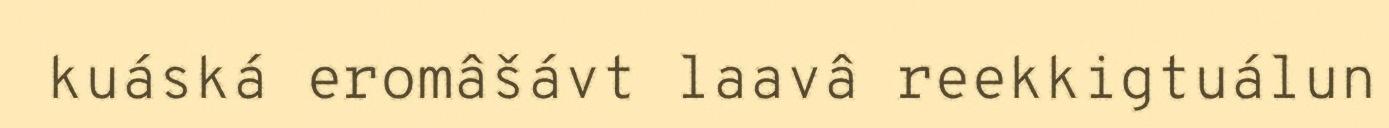
kuáská eromâšávt laavâ reekkigtuálun